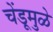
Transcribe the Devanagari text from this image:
चेंडूमुळे